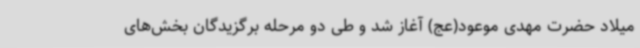
میلاد حضرت مهدی موعود(عج) آغاز شد و طی دو مرحله برگزیدگان بخش‌های